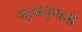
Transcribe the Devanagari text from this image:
मूलानुपाती